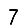
Digit: 7